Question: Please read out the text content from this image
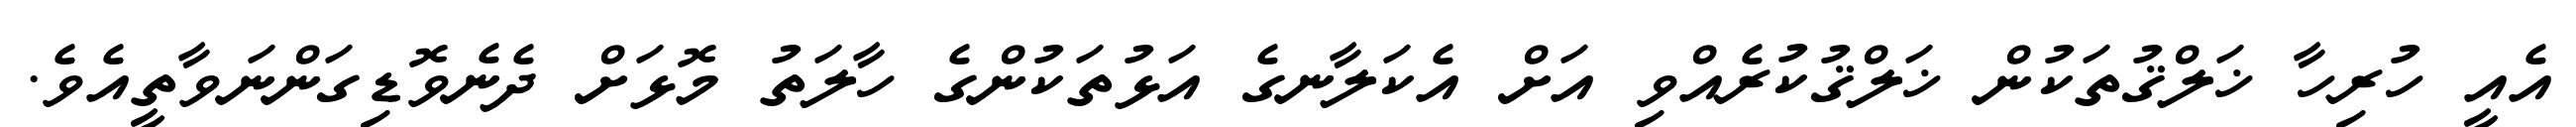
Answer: އެއީ ހުރިހާ ޚަލްޤުތަކުން ޚަލްޤުކުރެއްވި އަށް އެކަލާނގެ އަޅުތަކުންގެ ހާލަތު މޮޅަށް ދެނެވޮޑިގަންނަވާތީއެވެ.